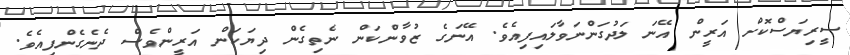
ސީރިޔަސްކޮށް އަރީން އޭނަ ލަދުގަންނަވާލައިފިއެވެ. އޭނަގެ ޒުވާންކަން ނެތިގެން ދިޔަކަން އަރީންވެސް ދެނެގެންފިއެވެ.